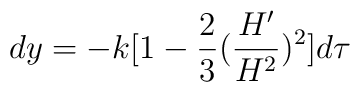
dy=-k[1-\frac{2}{3}(\frac{H'}{H^2})^2]d\tau